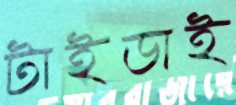
টাইডাই